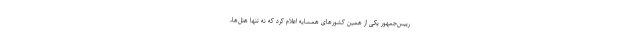
رییس‌جمهور یکی از همین کشورهای همسایه اعلام کرد که نه تنها هتل‌ها،